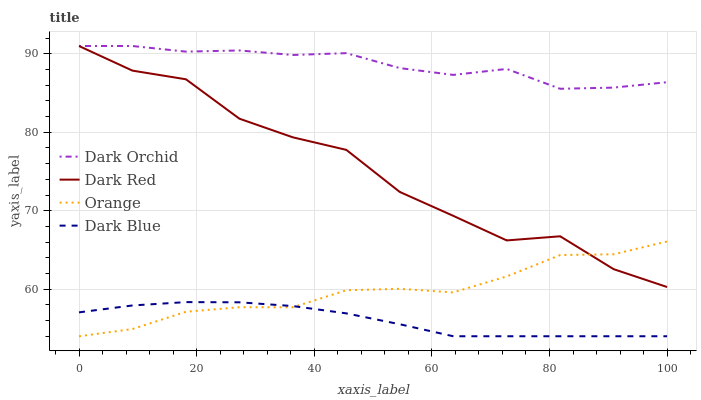
| xaxis_label | Dark Orchid | Dark Red | Orange | Dark Blue |
 | --- | --- | --- | --- | --- |
 | 0 | 91 | 91 | 54 | 57 |
 | 9.09 | 91 | 87.9 | 54.9 | 57.9 |
 | 18.2 | 90.3 | 86.8 | 57.1 | 58.4 |
 | 27.3 | 90.4 | 81.7 | 57.7 | 58.3 |
 | 36.4 | 89.9 | 79.4 | 57.7 | 57.8 |
 | 45.5 | 90.1 | 77.8 | 59.9 | 56.9 |
 | 54.5 | 88.2 | 72.4 | 60 | 55.5 |
 | 63.6 | 87.3 | 69.4 | 59.6 | 54 |
 | 72.7 | 88.1 | 66.2 | 61.6 | 54 |
 | 81.8 | 85.5 | 66.7 | 64.4 | 54 |
 | 90.9 | 85.7 | 62.6 | 64.4 | 54 |
 | 100 | 86.4 | 60.3 | 66.1 | 54 |